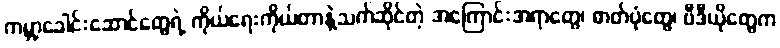
ကမ္ဘာ့ခေါင်းဆောင်တွေရဲ့ ကိုယ်ရေးကိုယ်တာနဲ့သက်ဆိုင်တဲ့ အကြောင်းအရာတွေ၊ ဓာတ်ပုံတွေ၊ ဗီဒီယိုတွေက